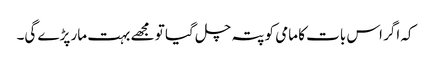
کہ اگر اس بات کا مامی کو پتہ چل گیا تو مجھے بہت مار پڑے گی۔